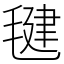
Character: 毽